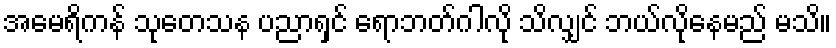
အမေရိကန် သုတေသန ပညာရှင် ရောဘတ်ဂါလို သိလျှင် ဘယ်လိုနေမည် မသိ။